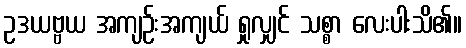
ဥဒယဗ္ဗယ အကျဉ်းအကျယ် ရှုလျှင် သစ္စာ လေးပါးသိ၏။